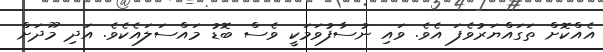
އެއްކޮށް ތަގައްޔަރުވެފަ އެވެ. ވައި ނުސާފުވަމަކީ ވެސް ބޮޑު މައްސަލައެކެވެ. އަދި މޫދަށް